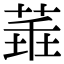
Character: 𦴂